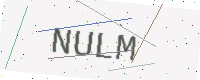
Text: NULM